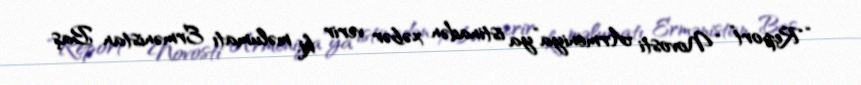
“Report” “Novosti Armeniya”ya istinadən xəbər verir ki, məlumatı Ermənistan Baş